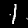
Digit: 1